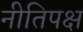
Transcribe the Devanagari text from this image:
नीतिपक्ष